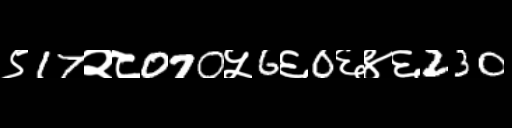
Text: ९17२८070५6६0६४६230